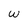
Character: w